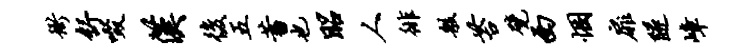
衙舒啜汉后五蓄也昭人徘般苔甓西悃扉隧嶂